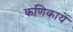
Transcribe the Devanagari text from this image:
कणिकायें